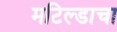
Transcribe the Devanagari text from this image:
मटिल्डाचा